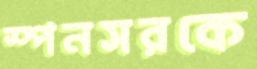
স্পনসরকে